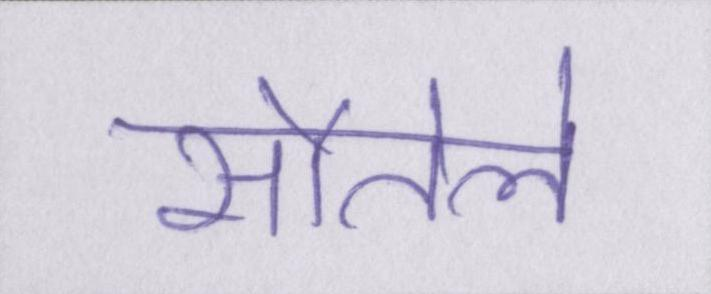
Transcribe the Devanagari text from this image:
सौतेले